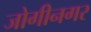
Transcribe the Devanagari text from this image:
जोगीनगर